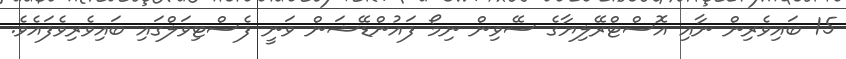
15 ބައިވެރިން ނާއި އޮސްޓްރޭލިޔާގެ ސޭވިން ނިމޯ ފައުންޑޭޝަން ވަނީ ފެސްޓިވަލްގައި ބައިވެރިވެފައެވެ.